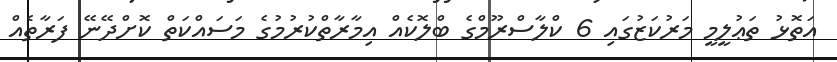
އަތޮޅު ތަޢުލީމީ މަރުކަޒުގައި 6 ކްލާސްރޫމްގެ ބްލޮކެއް އިމާރާތްކުރުމުގެ މަސައްކަތް ކޮށްދޭނޭ ފަރާތެއް